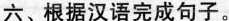
六、根据汉语完成句子。